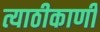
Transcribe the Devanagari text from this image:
त्याठीकाणी